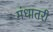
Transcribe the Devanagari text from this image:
मंधातरी